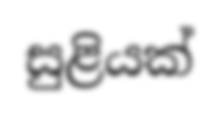
සුළියක්